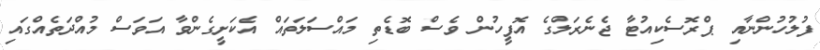
ފުލުހުންނާއި ޕްރޮސެކިއުޓާ ޖެނެރަލްގެ އޮފީހުން ވެސް ބޮޑެތި މައްސަލަތައް އެކަށީގެންވާ އަވަސް މުއްދަތެއްގައި